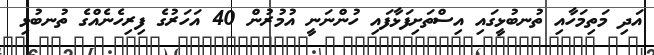
އަދި މަތިމަހާއި ތުނބުޅީގައި އިސްތަށިފަޅާފައި ހުންނަނީ އުމުރުން 40 އަހަރުގެ ފިރިހެނެއްގެ ތުނބުޅި